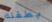
بطفلك